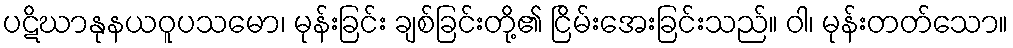
ပဋိဃာနုနယဝူပသမော၊ မုန်းခြင်း ချစ်ခြင်းတို့၏ ငြိမ်းအေးခြင်းသည်။ ဝါ၊ မုန်းတတ်သော။